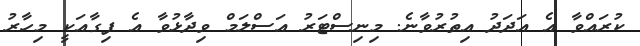
ކުރައްވާ އެ އަދަދު އިތުރުވާނެ. މިނިސްޓަރު އަސްލަމް ވިދާޅުވާ އެ ފިގާއަކީ މިހާރު